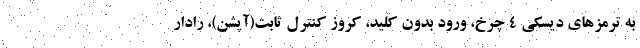
به ترمزهای دیسکی 4 چرخ، ورود بدون کلید، کروز کنترل ثابت(آپشن)، رادار